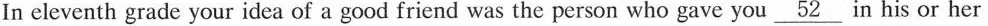
In eleventh grade your idea of a good friend was the person who gave you\underline{52} in his or her